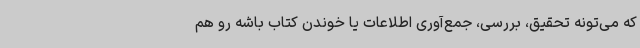
که می‌تونه تحقیق، بررسی، جمع‌آوری اطلاعات یا خوندن کتاب باشه رو هم